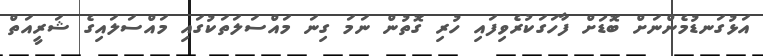
އަޅުގަނޑުމެންނަށް ބޮޑަށް ފާހަގަކުރެވިފައި ހުރި ގޮތުން ނަމަ ގިނަ މައްސަލަތަކުގައި މައްސަލައިގެ ޝަރީއަތް